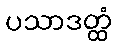
ပသာဒတ္ထံ